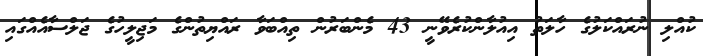
ކުއްލި ނުރައްކަލުގެ ހާލަތު އިއުލާންކުރެވޭނީ 43 މެންބަރުން ތިއްބަވާ ރައްޔިތުންގެ މަޖިލީހުގެ ޖަލްސާއެއްގައި